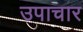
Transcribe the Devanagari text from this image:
उपाचार